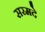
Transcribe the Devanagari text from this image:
सरमदे